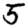
Digit: 5